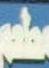
معلوم